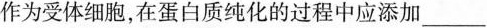
作为受体细胞，在蛋白质纯化的过程中应添加___